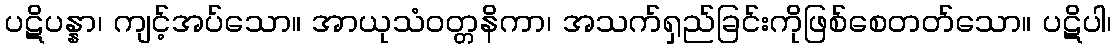
ပဋိပန္နာ၊ ကျင့်အပ်သော။ အာယုသံဝတ္တနိကာ၊ အသက်ရှည်ခြင်းကိုဖြစ်စေတတ်သော။ ပဋိပါ၊